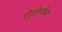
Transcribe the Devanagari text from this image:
ऐट्रोरुबेंस